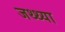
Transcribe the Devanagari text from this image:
जथ्थ्या